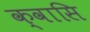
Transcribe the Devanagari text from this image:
क्वासि